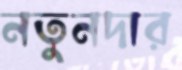
নতুনদার